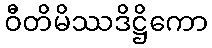
ဝီတိမိဿဒိဋ္ဌိကော